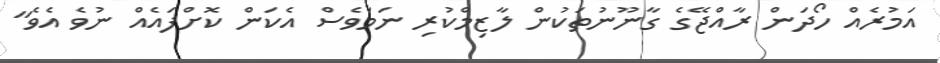
އަމުރެއް ހޯދަން ރާއްޖޭގެ ގާނޫނުތަކުން ލާޒިމްކުރި ނަމަވެސް އެކަން ކޮށްފައެއް ނުވެ އެވެ"